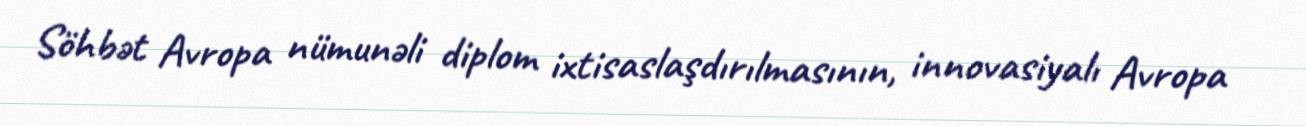
Söhbət Avropa nümunəli diplom ixtisaslaşdırılmasının, innovasiyalı Avropa